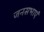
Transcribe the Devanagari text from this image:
जनसभाएं